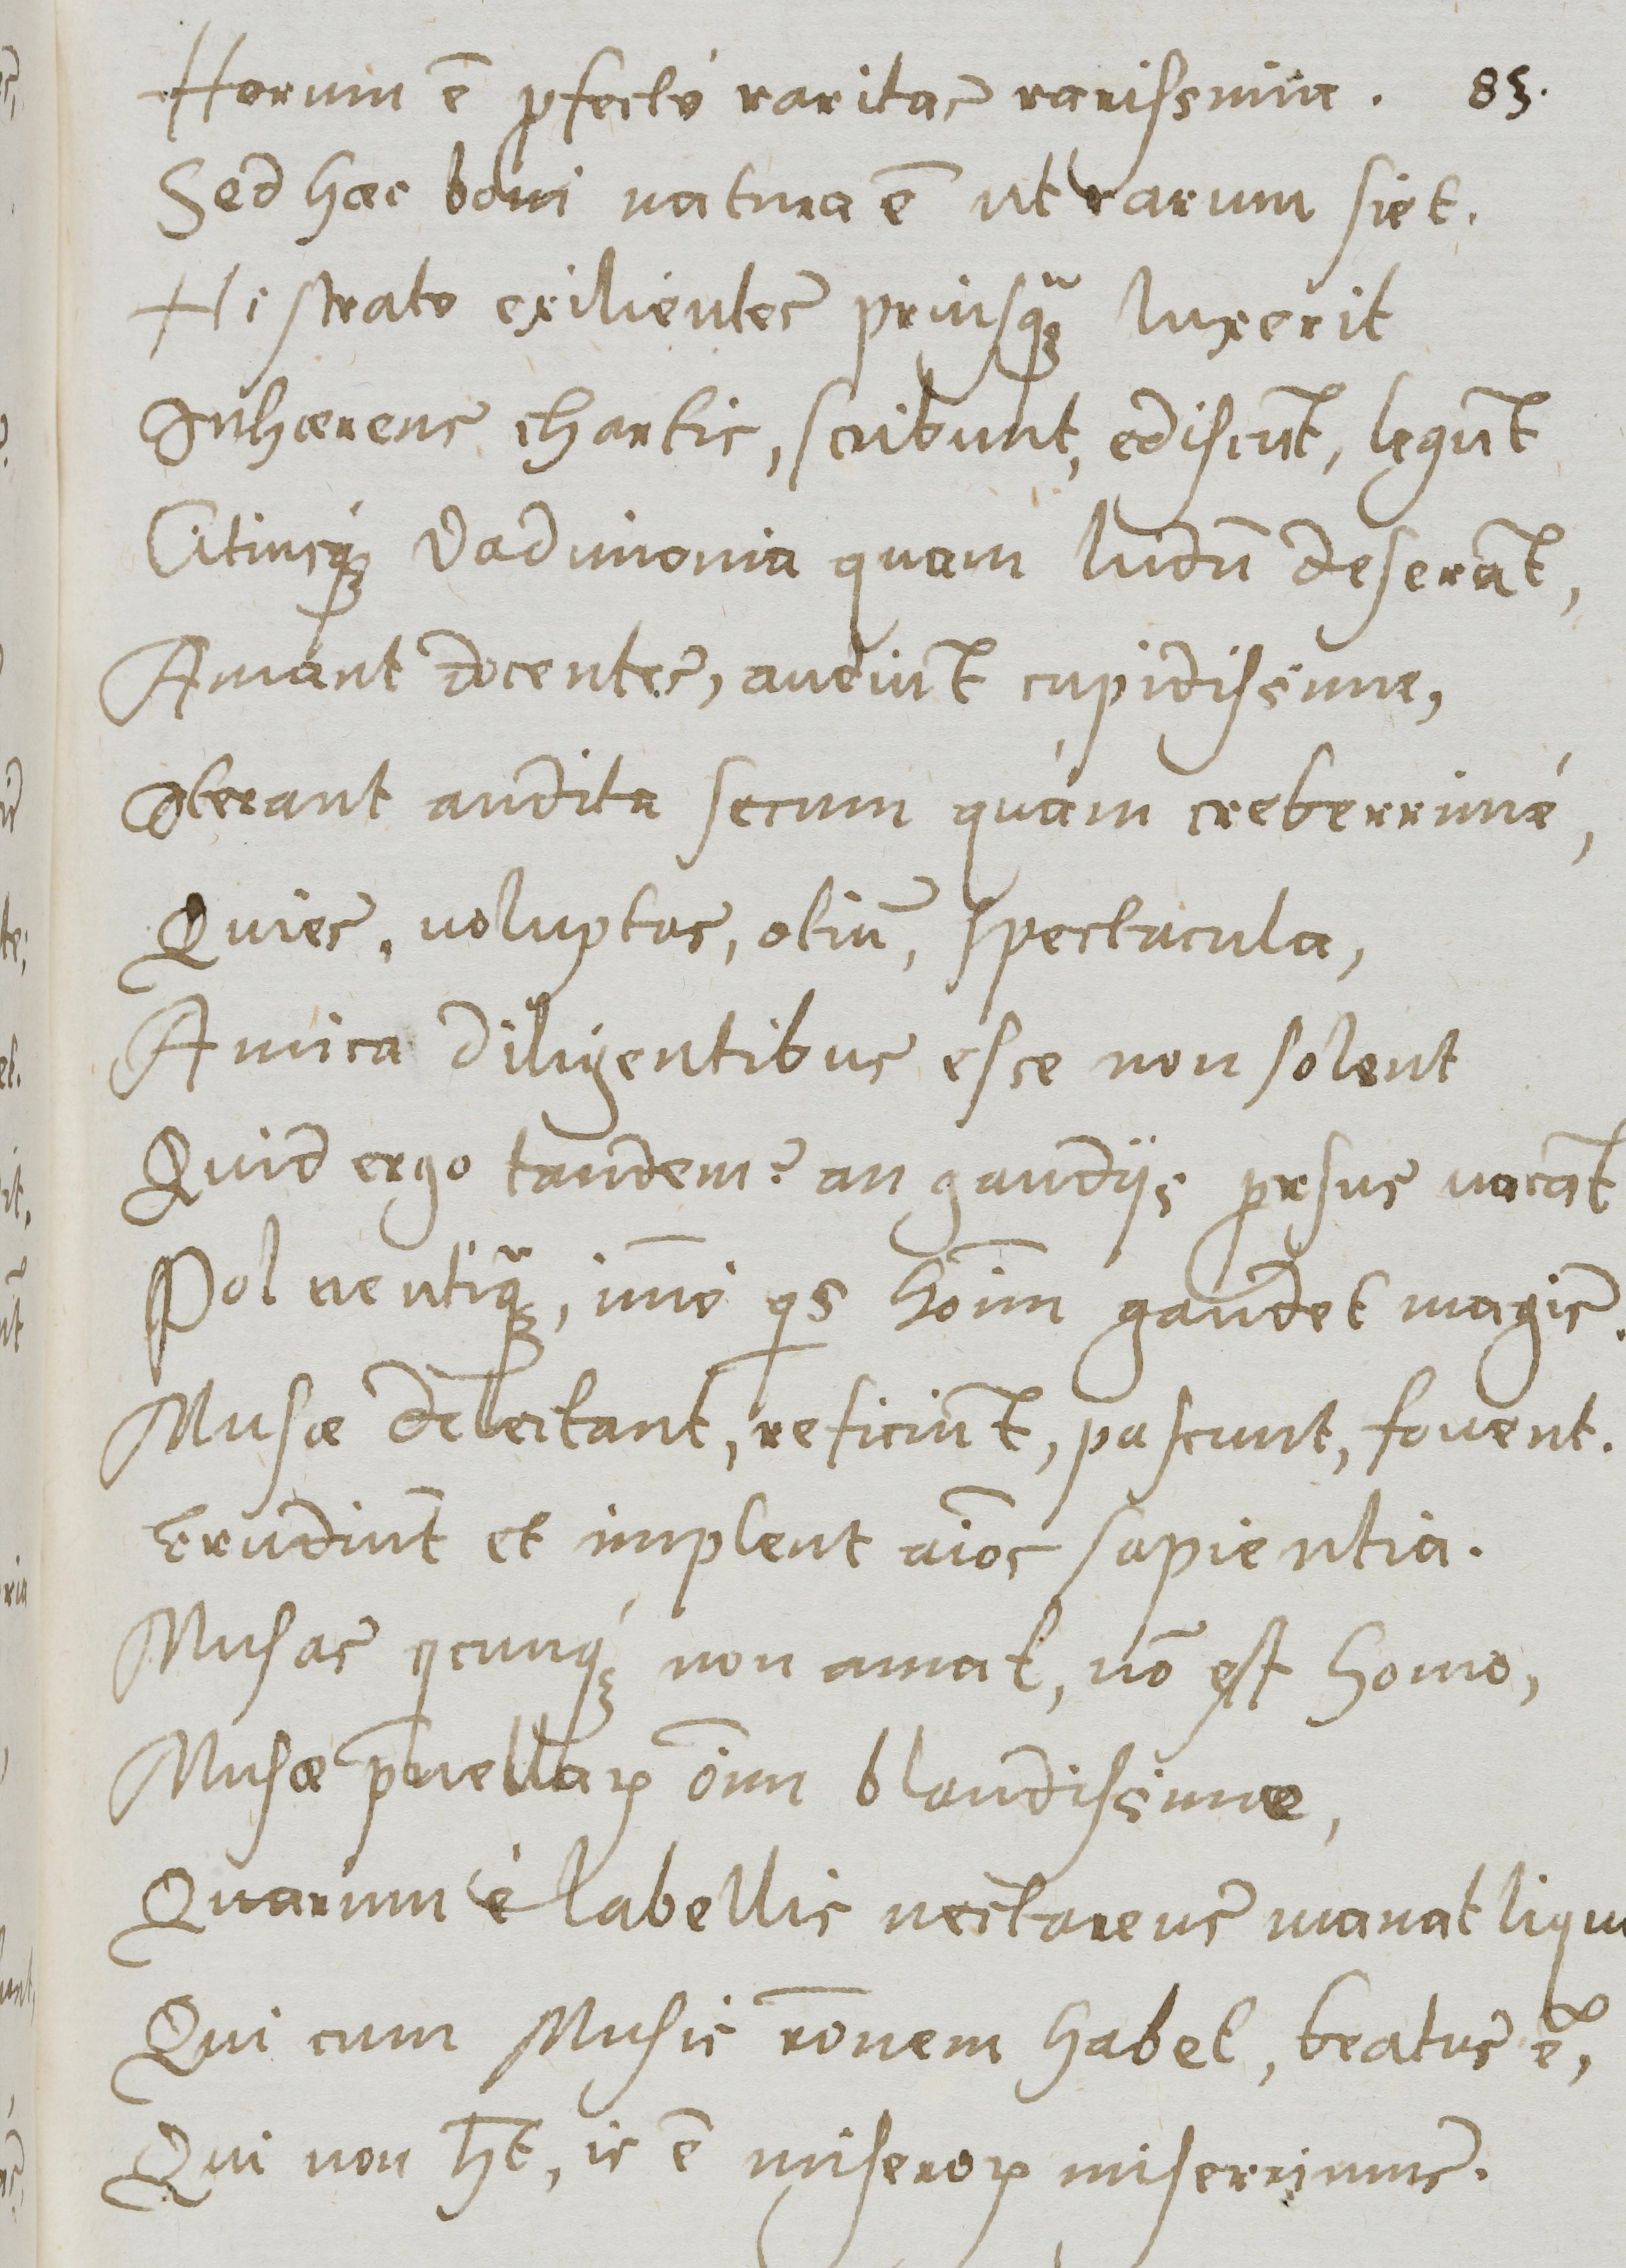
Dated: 1577–1577